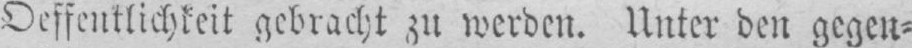
Oeffentlichkeit gebracht zu werden. Unter den gegen⸗